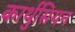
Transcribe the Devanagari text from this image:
कार्थुसियन